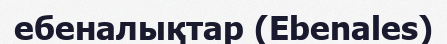
ебеналықтар (Ebenales)